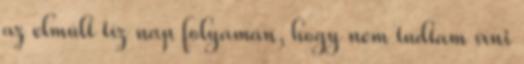
az elmúlt tíz nap folyamán, hogy nem tudtam írni